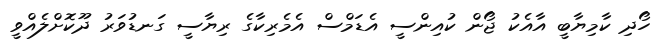
ހޯދި ކާމިޔާބީ އާއެކު ޖޯން ކުއިންސީ އެޑަމްސް އެމެރިކާގެ ރިޔާސީ ގަނޑުވަރު ދޫކޮށްލެއްވީ